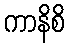
ကာနိစိ